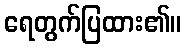
ရေတွက်ပြထား၏။